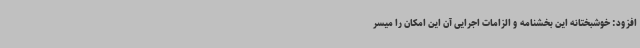
افزود: خوشبختانه این بخشنامه و الزامات اجرایی آن این امکان را میسر